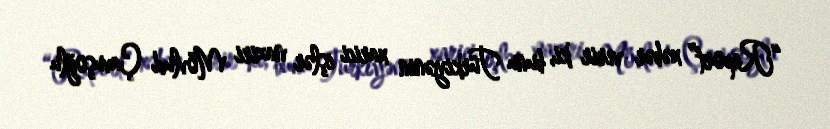
“Report” xəbər verir ki, bunu Türkiyənin xarici işlər naziri Mövlud Çavuşoğlu